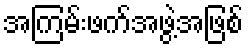
အကြမ်းဖက်အဖွဲ့အဖြစ်